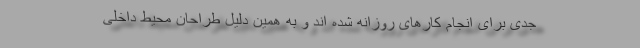
جدی برای انجام کارهای روزانه شده اند و به همین دلیل طراحان محیط داخلی